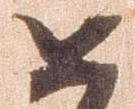
如